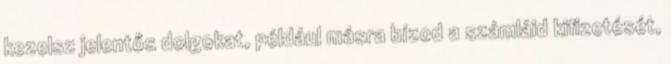
kezelsz jelentős dolgokat, például másra bízod a számláid kifizetését,